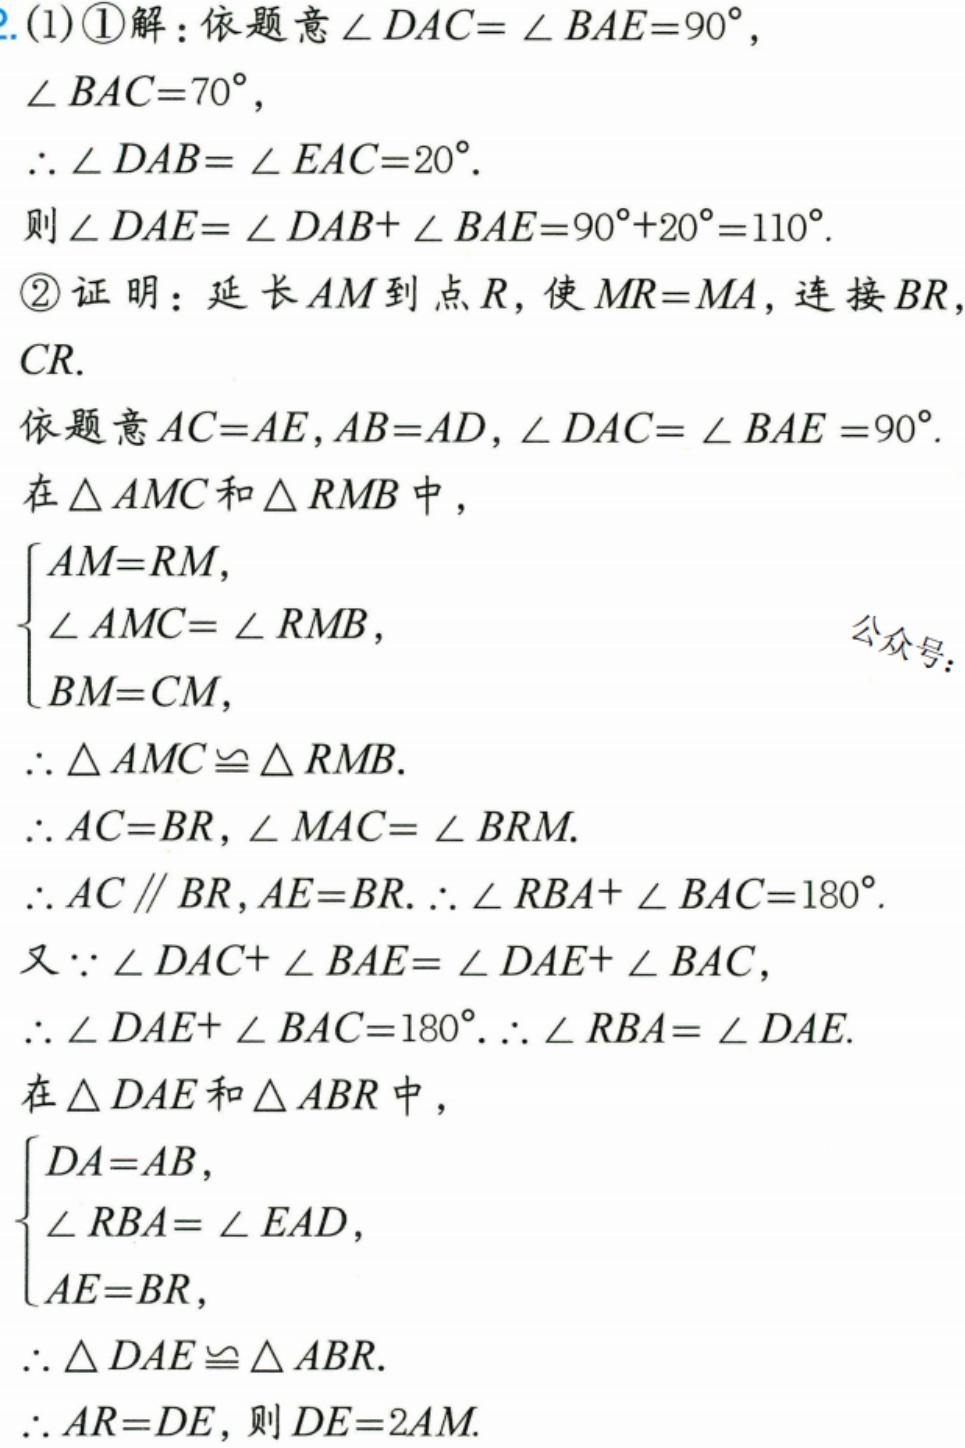
2. (1) \textcircled{1}解：依题意 \(\angle DAC = \angle BAE = 90^{\circ}\)，
\(\angle BAC = 70^{\circ}\)，
\(\therefore \angle DAB=\angle EAC = 20^{\circ}\).
则 \(\angle DAE=\angle DAB+\angle BAE = 90^{\circ}+20^{\circ}=110^{\circ}\).
\textcircled{2}证明：延长 \(AM\) 到点 \(R\)，使 \(MR = MA\)，连接 \(BR\)，\(CR\).
依题意 \(AC = AE\)，\(AB = AD\)，\(\angle DAC=\angle BAE = 90^{\circ}\).
在 \(\triangle AMC\) 和 \(\triangle RMB\) 中，
\(\begin{cases}
AM = RM,\\
\angle AMC=\angle RMB,\\
BM = CM,
\end{cases}\)
\(\therefore \triangle AMC\cong\triangle RMB\).
\(\therefore AC = BR\)，\(\angle MAC=\angle BRM\).
\(\therefore AC\parallel BR\)，\(AE = BR\). \(\therefore \angle RBA+\angle BAC = 180^{\circ}\).
又 \(\because \angle DAC+\angle BAE=\angle DAE+\angle BAC\)，
\(\therefore \angle DAE+\angle BAC = 180^{\circ}\). \(\therefore \angle RBA=\angle DAE\).
在 \(\triangle DAE\) 和 \(\triangle ABR\) 中，
\(\begin{cases}
DA = AB,\\
\angle RBA=\angle EAD,\\
AE = BR,
\end{cases}\)
\(\therefore \triangle DAE\cong\triangle ABR\).
\(\therefore AR = DE\)，则 \(DE = 2AM\).